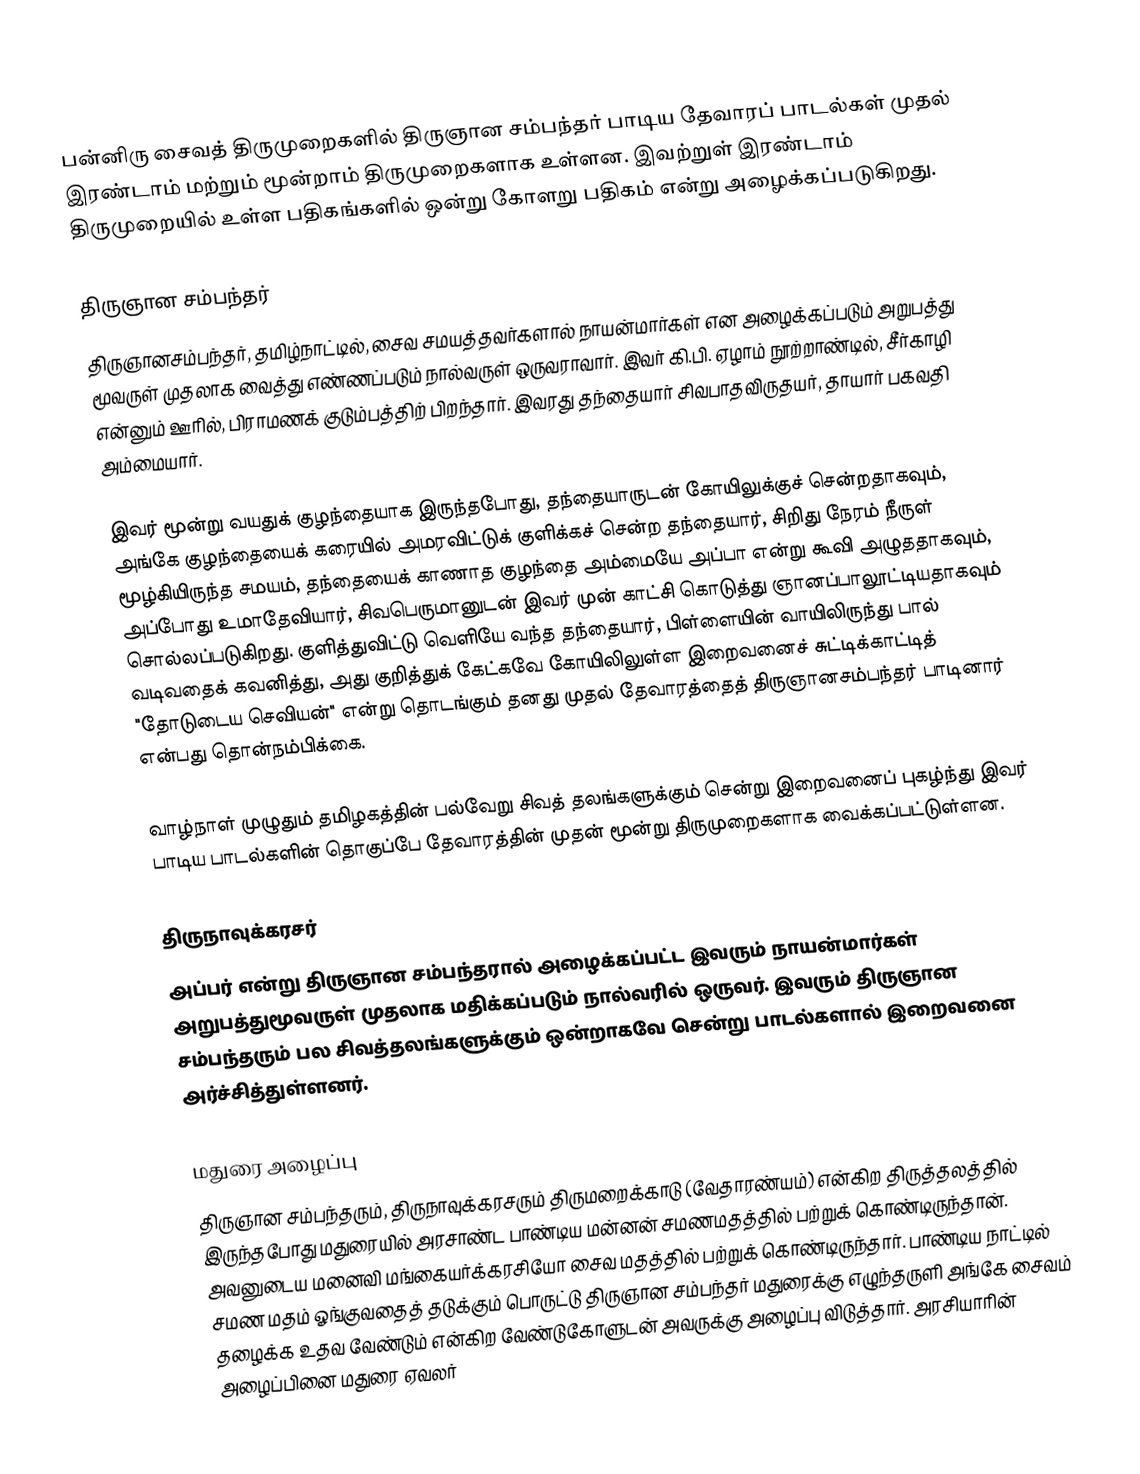
பன்னிரு சைவத் திருமுறைகளில் திருஞான சம்பந்தர் பாடிய தேவாரப் பாடல்கள் முதல் இரண்டாம் மற்றும் மூன்றாம் திருமுறைகளாக உள்ளன. இவற்றுள் இரண்டாம் திருமுறையில் உள்ள பதிகங்களில் ஒன்று கோளறு பதிகம் என்று அழைக்கப்படுகிறது.

திருஞான சம்பந்தர்
திருஞானசம்பந்தர், தமிழ்நாட்டில், சைவ சமயத்தவர்களால் நாயன்மார்கள் என அழைக்கப்படும் அறுபத்து மூவருள் முதலாக வைத்து எண்ணப்படும் நால்வருள் ஒருவராவார். இவர் கி.பி. ஏழாம் நூற்றாண்டில், சீர்காழி என்னும் ஊரில், பிராமணக் குடும்பத்திற் பிறந்தார். இவரது தந்தையார் சிவபாதவிருதயர், தாயார் பகவதி அம்மையார்.

இவர் மூன்று வயதுக் குழந்தையாக இருந்தபோது, தந்தையாருடன் கோயிலுக்குச் சென்றதாகவும், அங்கே குழந்தையைக் கரையில் அமரவிட்டுக் குளிக்கச் சென்ற தந்தையார், சிறிது நேரம் நீருள் மூழ்கியிருந்த சமயம், தந்தையைக் காணாத குழந்தை அம்மையே அப்பா என்று கூவி அழுததாகவும், அப்போது உமாதேவியார், சிவபெருமானுடன் இவர் முன் காட்சி கொடுத்து ஞானப்பாலூட்டியதாகவும் சொல்லப்படுகிறது. குளித்துவிட்டு வெளியே வந்த தந்தையார், பிள்ளையின் வாயிலிருந்து பால் வடிவதைக் கவனித்து, அது குறித்துக் கேட்கவே கோயிலிலுள்ள இறைவனைச் சுட்டிக்காட்டித் "தோடுடைய செவியன்" என்று தொடங்கும் தனது முதல் தேவாரத்தைத் திருஞானசம்பந்தர் பாடினார் என்பது தொன்நம்பிக்கை.

வாழ்நாள் முழுதும் தமிழகத்தின் பல்வேறு சிவத் தலங்களுக்கும் சென்று இறைவனைப் புகழ்ந்து இவர் பாடிய பாடல்களின் தொகுப்பே தேவாரத்தின் முதன் மூன்று திருமுறைகளாக வைக்கப்பட்டுள்ளன.

திருநாவுக்கரசர்
அப்பர் என்று திருஞான சம்பந்தரால் அழைக்கப்பட்ட இவரும் நாயன்மார்கள் அறுபத்துமூவருள் முதலாக மதிக்கப்படும் நால்வரில் ஒருவர். இவரும் திருஞான சம்பந்தரும் பல சிவத்தலங்களுக்கும் ஒன்றாகவே சென்று பாடல்களால் இறைவனை அர்ச்சித்துள்ளனர்.

மதுரை அழைப்பு
திருஞான சம்பந்தரும், திருநாவுக்கரசரும் திருமறைக்காடு (வேதாரண்யம்) என்கிற திருத்தலத்தில் இருந்தபோது மதுரையில் அரசாண்ட பாண்டிய மன்னன் சமணமதத்தில் பற்றுக் கொண்டிருந்தான். அவனுடைய மனைவி மங்கையர்க்கரசியோ சைவ மதத்தில் பற்றுக் கொண்டிருந்தார். பாண்டிய நாட்டில் சமண மதம் ஓங்குவதைத் தடுக்கும் பொருட்டு திருஞான சம்பந்தர் மதுரைக்கு எழுந்தருளி அங்கே சைவம் தழைக்க உதவ வேண்டும் என்கிற வேண்டுகோளுடன் அவருக்கு அழைப்பு விடுத்தார். அரசியாரின் அழைப்பினை மதுரை ஏவலர்